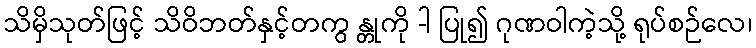
သိမှိသုတ်ဖြင့် သိဝိဘတ်နှင့်တကွ န္တုကို -ါ ပြု၍ ဂုဏဝါကဲ့သို့ ရုပ်စဉ်လေ၊